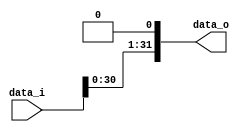
/***************************************************
Student Name:_
Student ID: group10_0711099_0810749
***************************************************/

`timescale 1ns/1ps

module Shift_Left_1(
    input  		[32-1:0] data_i,
    output wire [32-1:0] data_o
    );

reg[31:0] result;
assign data_o = result;

always @(*) begin
	result = data_i << 1;	
end

endmodule